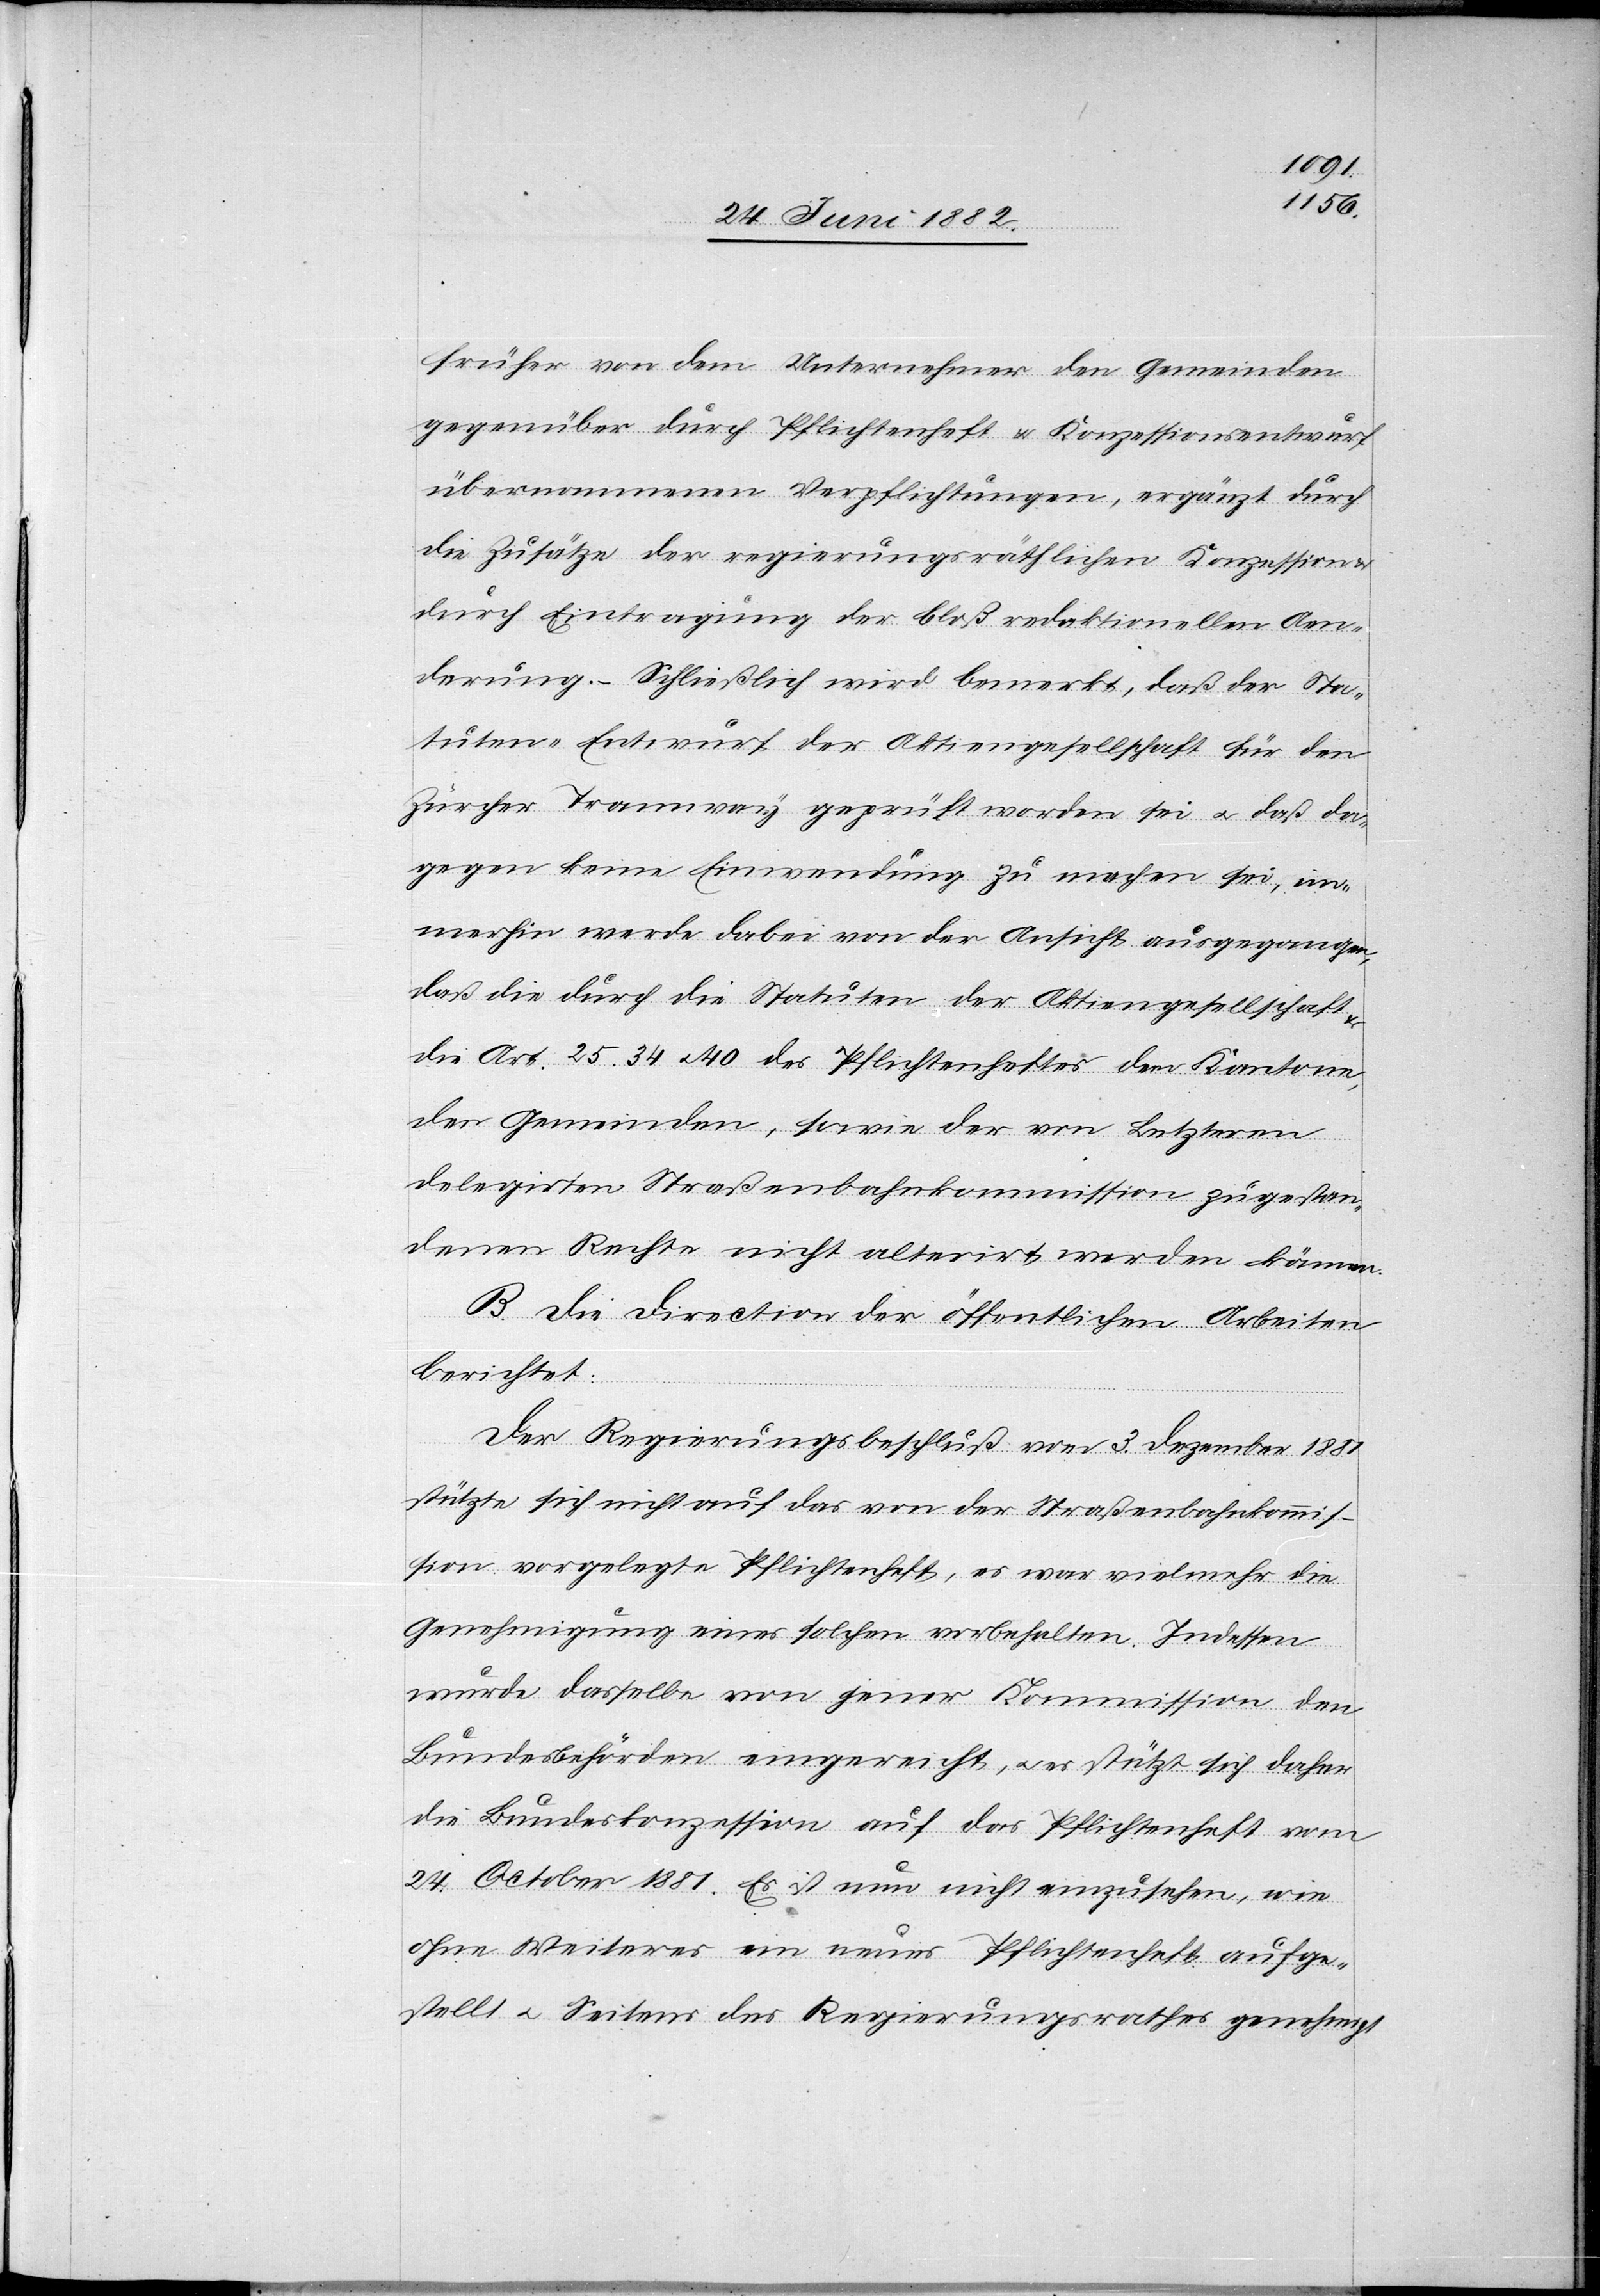
früher von dem Unternehmer den Gemeinden
gegenüber durch Pflichtenheft u. Konzessionsentwurf
übernommenen Verpflichtungen, ergänzt durch
die Zusätze der regierungsräthlichen Konzession
durch Eintragung der bloß redaktionellen Aen¬
derung. – Schließlich wird bemerkt, daß der Sta¬
tuten-Entwurf der Aktiengesellschaft für den
Zürcher Tramway geprüft worden sei u. daß da¬
gegen keine Einwendung zu machen sei, im¬
merhin werde dabei von der Ansicht ausgegangen,
daß die durch die Statuten der Aktiengesellschaft
die Art. 25, 34 u. 40 des Pflichtenheftes dem Kantone,
den Gemeinden, sowie der von Letzteren
delegirten Straßenbahnkommission zugestan¬
denen Rechte nicht alternirt werden können.
B. Die Direction der öffentlichen Arbeiten
berichtet:
Der Regierungsbeschluß vom 3. Dezember 1881
stützte sich nicht auf das von der Straßenbahnkommis¬
sion vorgelegte Pflichtenheft, es war vielmehr die
Genehmigung eines solchen vorbehalten. Indessen
wurde dasselbe von jener Kommission den
Bundesbehörden eingereicht, u. es stützt sich daher
die Bundeskonzession auf das Pflichtenheft vom
24. October 1881. Es ist nun nicht einzusehen, wie
ohne Weiteres ein neues Pflichtenheft aufge¬
stellt u. Seitens des Regierungsrathes genehmigt